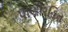
પાણીરહિત